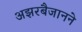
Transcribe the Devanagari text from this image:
अझरबैजानने